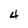
Character: 4